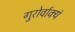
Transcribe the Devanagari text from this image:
गुरोर्वाक्यं